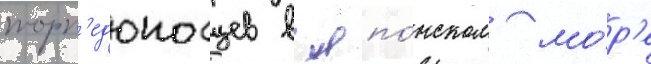
торп'едоносцев в япо́нском мо́р'е